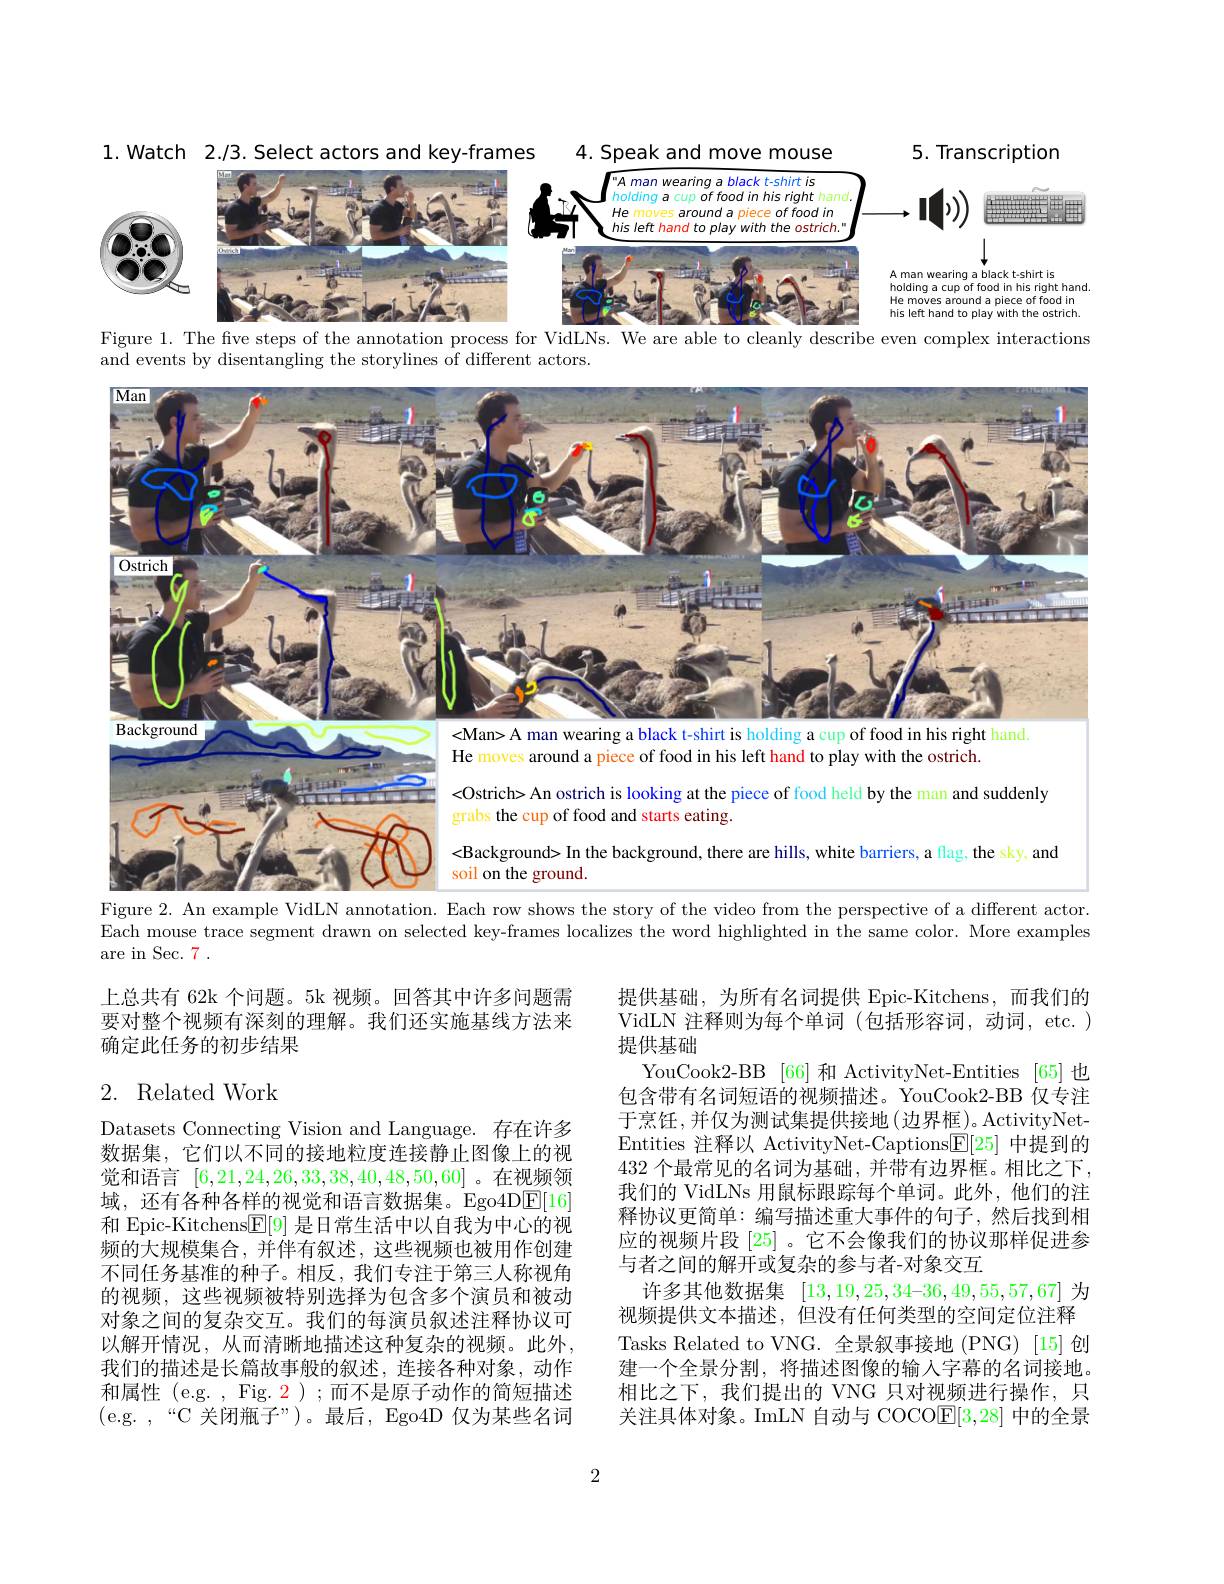
<FigureHere>

1. Watch 2./3. Select actors and key-frames
4. Speak and move mouse
5. Transcription
Figure 1. The five steps of the annotation process for VidLNs. We are able to cleanly describe even complex interactions

hand

and events by disentangling the storylines of different actors.

<FigureHere>

He moves around a piece of food in his left hand to play with the ostrich

<Ostrich> An ostrich is looking at the piece of food held by the man and suddenly

grabs the cup of food and starts eating.

<Background> In the background, there are hills, white barriers, a flag, the sky, and

soil on the ground

Figure 2. An example VidLN annotation. Each row shows the story of the video from the perspective of a different actor.

Each mouse trace segment drawn on selected key-frames localizes the word highlighted in the same color. More examples

are in Sec. 7 .

上总共有 62k 个问题。5k 视频。回答其中许多问题需要对整个视频有深刻的理解。我们还实施基线方法来确定此任务的初步结果

# 2. Related Work

提供基础，为所有名词提供 Epic-Kitchens,而我们的VidLN 注释则为每个单词 (包括形容词，动词，etc. ) 提供基础
YouCook2-BB [66] 和 ActivityNet-Entities [65]也包含带有名词短语的视频描述。YouCook2-BB 仅专注于烹饪，并仅为测试集提供接地(边界框)。ActivityNetEntities 注释以 ActivityNet-Captions$\underline{\mathbb{E}}[25]$中提到的432个最常见的名词为基础，并带有边界框。相比之下， 我们的 VidLNs 用鼠标跟踪每个单词。此外，他们的注释协议更简单：编写描述重大事件的句子，然后找到相应的视频片段[25] 。它不会像我们的协议那样促进参与者之间的解开或复杂的参与者-对象交互
许多其他数据集$[13,19,25,34–36,49,55,57,67]$为视频提供文本描述，但没有任何类型的空间定位注释Tasks Related to VNG. 全景叙事接地 (PNG) [15] 创建一个全景分割，将描述图像的输入字幕的名词接地。相比之下，我们提出的 VNG 只对视频进行操作，只关注具体对象。ImLN 自动与 COCO$\underline{\mathrm{E}}[3,28]$中的全景

Datasets Connecting Vision and Language. 存在许多数据集，它们以不同的接地粒度连接静止图像上的视觉和语言[6,21,24,26,33,38,40,48,50,60]。在视频领域，还有各种各样的视觉和语言数据集。Ego4D$\boxed{\mathrm{E}}[16]$ 和 Epic-Kitchens$\underline{\mathbb{F}}[9]$是日常生活中以自我为中心的视频的大规模集合，并伴有叙述，这些视频也被用作创建不同任务基准的种子。相反，我们专注于第三人称视角的视频，这些视频被特别选择为包含多个演员和被动对象之间的复杂交互。我们的每演员叙述注释协议可以解开情况，从而清晰地描述这种复杂的视频。此外， 我们的描述是长篇故事般的叙述，连接各种对象，动作和属性 (e.g. , Fig. 2 ) ;而不是原子动作的简短描述(e.g.$,“$C 关闭瓶子”)。最后，Ego4D 仅为某些名词

2